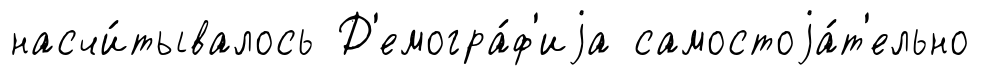
насчи́тывалось Д'емогра́ф'иjа самостоjа́т'ельно